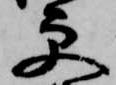
更